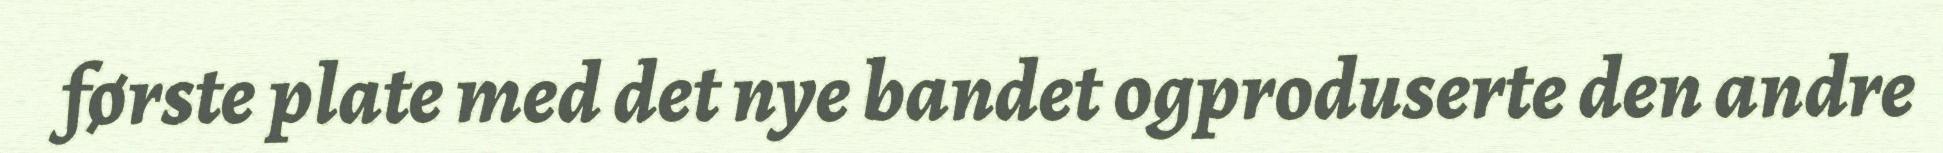
første plate med det nye bandet ogproduserte den andre